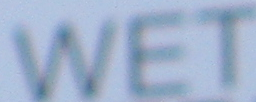
WET